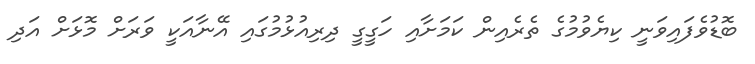
ބޮޑުވެފައިވަނީ ކިޔެވުމުގެ ތެރެއިން ކަމަށާއި ހަގީގީ ދިރިއުޅުމުގައި އޭނާއަކީ ވަރަށް މޮޅަށް އަދި